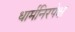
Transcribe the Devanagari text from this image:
धार्मनिरपेक्ष